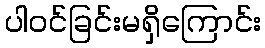
ပါဝင်ခြင်းမရှိကြောင်း